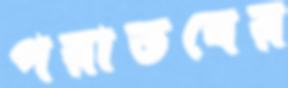
পরাভবের